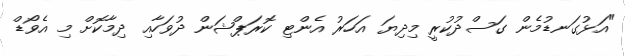
"އަޅުގަނޑުމެން ގަސްދުކުރީ މިދިޔަ އަހަރު އެންޓި ކޮރަޕްޝަން ދުވަހާއި ދިމާކޮށް މި އެވޯޑް